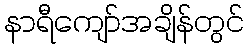
နာရီကျော်အချိန်တွင်